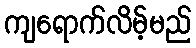
ကျရောက်လိမ့်မည်